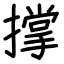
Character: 撑